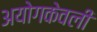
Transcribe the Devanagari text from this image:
अयोगकेवली